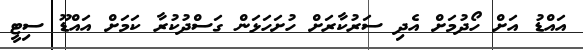
އައްޑު އަށް ހޯދުމަށް އެދި ސަރުކާރަށް ހުށަހަޅަން ގަސްދުކުރާ ކަމަށް އައްޑޫ ސިޓީ